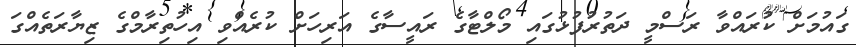
ގައުމަށް ކުރައްވާ ރަސްމީ ދަތުރުފުޅުގައި މޯލްޓާގެ ރައީސާގެ އަރިހަށް ކުރެއްވި އިހުތިރާމްގެ ޒިޔާރަތެއްގަ